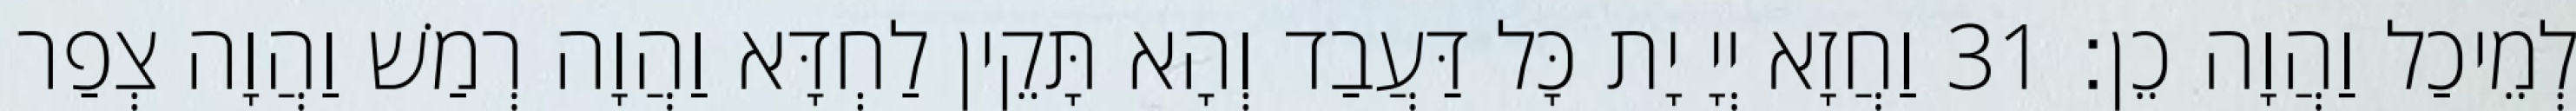
לְמֵיכַל וַהֲוָה כֵן׃ 31 וַחֲזָא יְיָ יָת כָּל דַּעֲבַד וְהָא תָּקֵין לַחְדָּא וַהֲוָה רְמַשׁ וַהֲוָה צְפַר